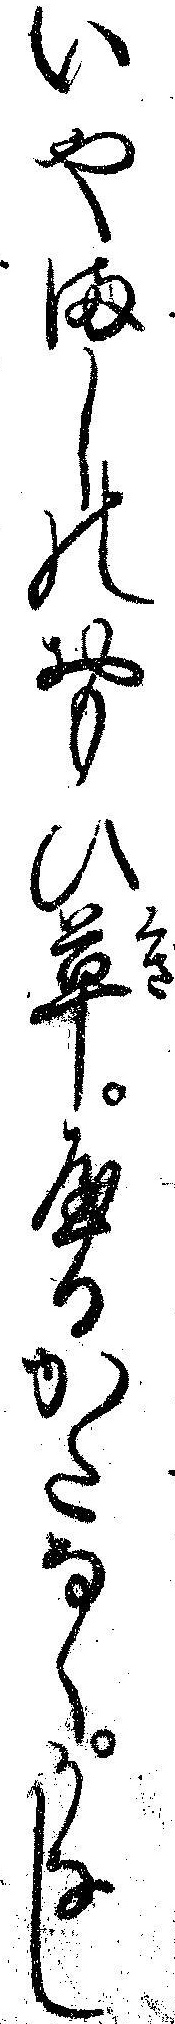
いやましのおもひ草やるかたなくかなし